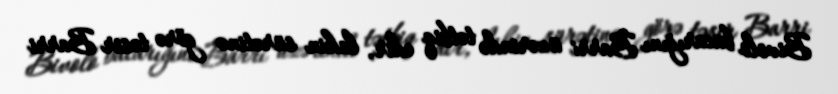
Bivolo bacarığını Barri üzərində tətbiq edir, lakin sürətinə görə təsir Barri